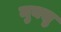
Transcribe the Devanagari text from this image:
मुक्सु